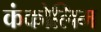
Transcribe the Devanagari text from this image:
कंकोलिम